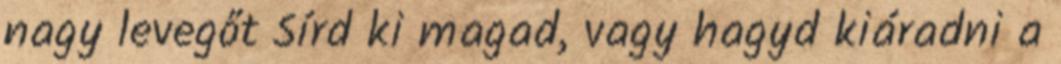
nagy levegőt Sírd ki magad, vagy hagyd kiáradni a